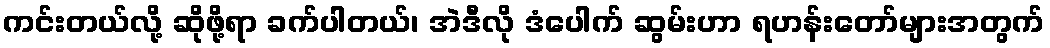
ကင်းတယ်လို့ ဆိုဖို့ရာ ခက်ပါတယ်၊ အဲဒီလို ဒံပေါက် ဆွမ်းဟာ ရဟန်းတော်များအတွက်